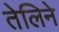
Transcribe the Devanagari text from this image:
तेलिने